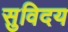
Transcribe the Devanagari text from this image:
सुविदय